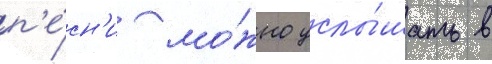
п'е́сн'и мо́жно услы́шать в